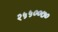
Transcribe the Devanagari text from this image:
२५५००७०